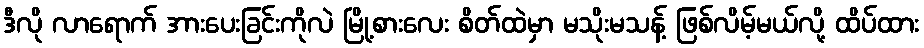
ဒီလို လာရောက် အားပေးခြင်းကိုလဲ မြို့စားလေး စိတ်ထဲမှာ မသိုးမသန့် ဖြစ်လိမ့်မယ်လို့ ထိပ်ထား